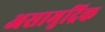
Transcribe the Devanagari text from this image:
असामुद्रिक